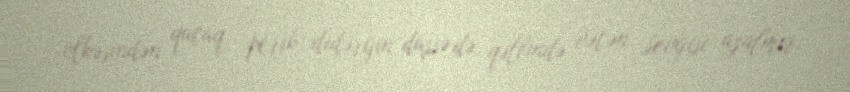
ölkəsindən qaçaq, perik, didərgin düşsə də, qəlbində vətən sevgisi azalmır,